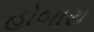
હોબારા